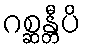
ဂစ္ဆန္တီပိ